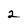
Character: 2